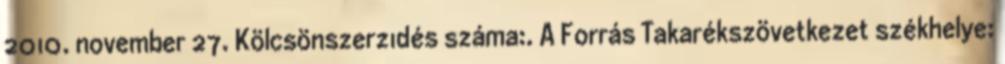
2010. november 27. Kölcsönszerzıdés száma:. A Forrás Takarékszövetkezet székhelye: